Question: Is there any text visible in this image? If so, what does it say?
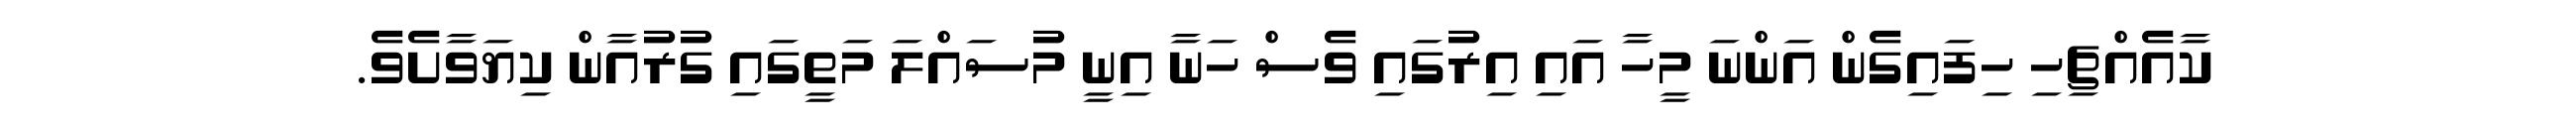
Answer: ކާއެއްޗިހި ހިފައިގެން އަންނަ މީހާ އައި އިރުގައި ވެސް ހަނާ އިނީ މުސައްލަ މަތީގައި ގުރުއާން ކިޔަވާށެވެ.